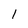
Character: 1